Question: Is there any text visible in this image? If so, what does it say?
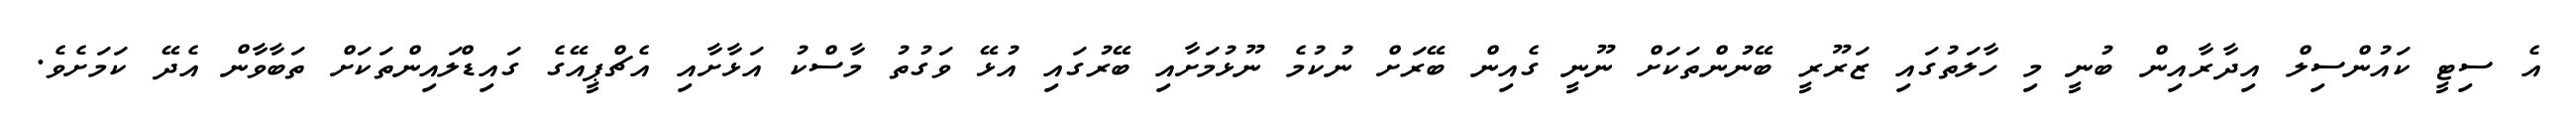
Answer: އެ ސިޓީ ކައުންސިލް އިދާރާއިން ބުނީ މި ހާލަތުގައި ޒަރޫރީ ބޭނުންތަކަށް ނޫނީ ގެއިން ބޭރަށް ނުކުމެ ނޫޅުމަށާއި ބޭރުގައި އުޅޭ ވަގުތު މާސްކު އަޅާށާއި އެޗްޕީއޭގެ ގައިޑްލައިންތަކަށް ތަބާވާން އެދޭ ކަމަށެވެ.